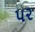
૫૨